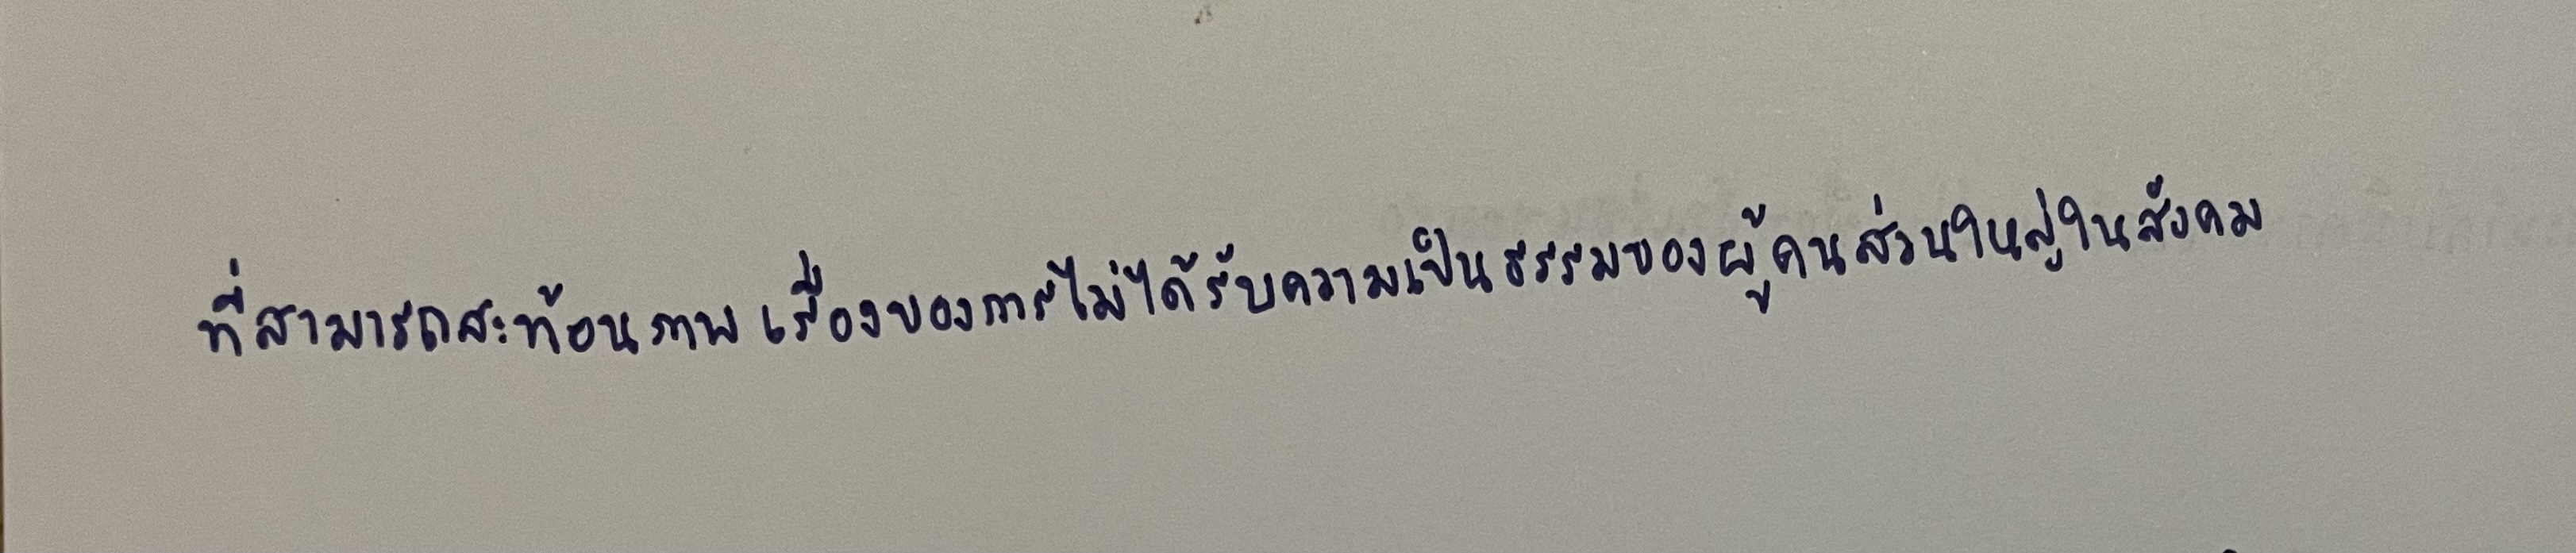
ที่สามารถสะท้อนภาพเรื่องของการไม่ได้รับความเป็นธรรมของผู้คนส่วนใหญ่ในสังคม